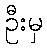
ဦးမှ